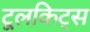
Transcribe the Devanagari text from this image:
टूलकिट्स